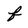
Character: f